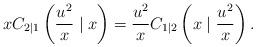
LaTeX: \begin{align*} xC_{2\mid 1}\left ({u^2\over x} \mid x \right ) = {u^2\over x}C_{1\mid 2}\left (x \mid {u^2\over x} \right ).\end{align*}